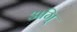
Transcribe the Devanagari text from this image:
अगि्